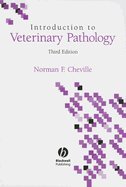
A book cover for Introduction to Veterinary Pathology 3rd EDITION; Medical Books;